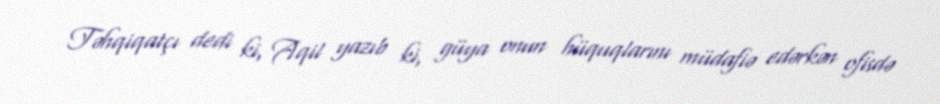
Təhqiqatçı dedi ki, Aqil yazıb ki, güya onun hüquqlarını müdafiə edərkən ofisdə